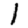
Digit: 1